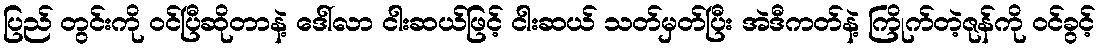
ပြည် တွင်းကို ဝင်ပြီဆိုတာနဲ့ ဒေါ်လာ ငါးဆယ်ဖြင့် ငါးဆယ် သတ်မှတ်ပြီး အဲဒီကတ်နဲ့ ကြိုက်တဲ့ဇုန်ကို ဝင်ခွင့်